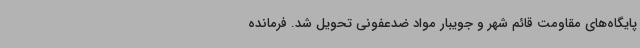
پایگاه‌های مقاومت قائم شهر و جویبار مواد ضدعفونی تحویل شد. فرمانده